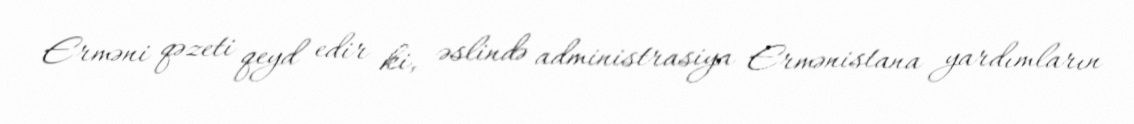
Erməni qəzeti qeyd edir ki, əslində administrasiya Ermənistana yardımların